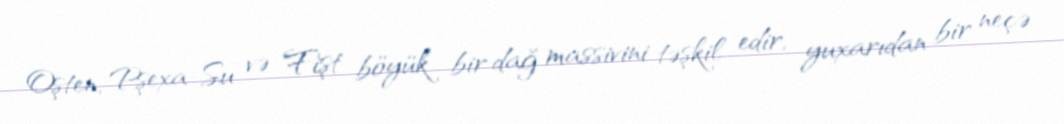
Oşten, Pşexa-Su və Fişt böyük bir dağ massivini təşkil edir, yuxarıdan bir neçə